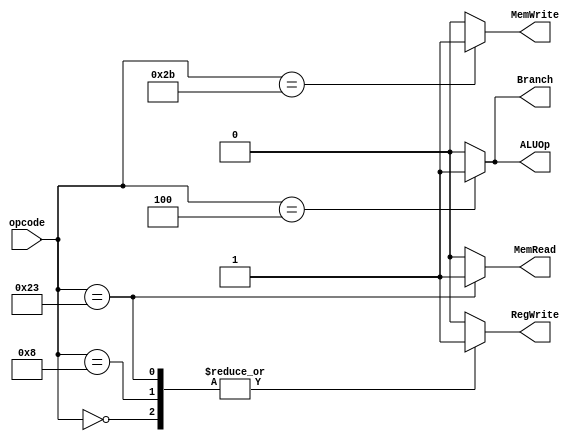
module control_unit(
    input [6:0] opcode,
    output reg RegWrite,
    output reg MemWrite,
    output reg MemRead,
    output reg Branch,
    output reg ALUOp
);

always @(*)
begin
    case(opcode)
        6'b000000: // R-type
            begin
                RegWrite = 1;
                MemWrite = 0;
                MemRead = 0;
                Branch = 0;
                ALUOp = 2'b10;
            end
        6'b001000: // ADDI
            begin
                RegWrite = 1;
                MemWrite = 0;
                MemRead = 0;
                Branch = 0;
                ALUOp = 2'b00;
            end
        6'b100011: // LW
            begin
                RegWrite = 1;
                MemWrite = 0;
                MemRead = 1;
                Branch = 0;
                ALUOp = 2'b00;
            end
        6'b101011: // SW
            begin
                RegWrite = 0;
                MemWrite = 1;
                MemRead = 0;
                Branch = 0;
                ALUOp = 2'b00;
            end
        6'b000100: // BEQ
            begin
                RegWrite = 0;
                MemWrite = 0;
                MemRead = 0;
                Branch = 1;
                ALUOp = 2'b01;
            end
        default: // Invalid opcode
            begin
                RegWrite = 0;
                MemWrite = 0;
                MemRead = 0;
                Branch = 0;
                ALUOp = 2'b00;
            end
    endcase
end

endmodule